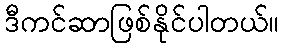
ဒီကင်ဆာဖြစ်နိုင်ပါတယ်။